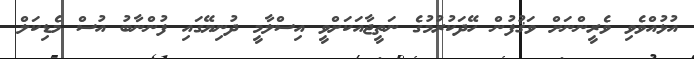
އުޅުއްވެވި ވެރީންނަށް ވަޤުފުން ހޭދަކުރުމުގެ ނަތީޖާއަކަށްވީ އިސްލާމީ ދުނިޔޭގައި ފުންނާބު އުސް މެޑިކަލް